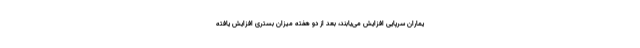
یماران سرپایی افزایش می‌یابند، بعد از دو هفته میزان بستری افزایش یافته